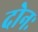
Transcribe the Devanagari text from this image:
दोनः